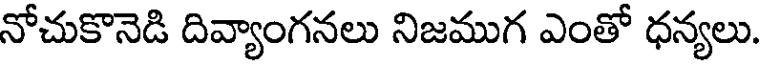
నోచుకొనెడి దివ్యాంగనలు నిజముగ ఎంతో ధన్యలు.